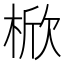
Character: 𣔙